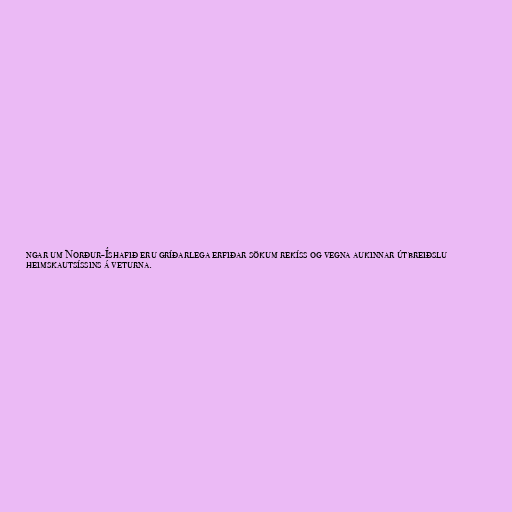
ngar um Norður-Íshafið eru gríðarlega erfiðar sökum rekíss og vegna aukinnar útbreiðslu
heimskautsíssins á veturna.